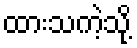
ထားသကဲ့သို့